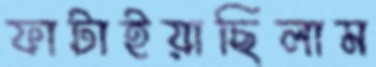
ফাটাইয়াছিলাম